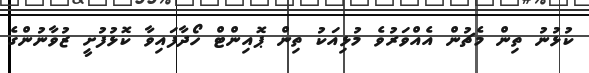
ކުޅުނު ތިން މެޗުން އެއްވަރުވެ މުޅިއަކު ތިން ޕޮއިންޓް ހޯދާފައިވާ ކޮޅުފުށީ ޒުވާނުންގެ